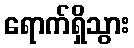
ရောက်ရှိသွား